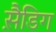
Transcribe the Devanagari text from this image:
स़ैडिग